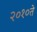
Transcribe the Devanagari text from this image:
२०१०ते